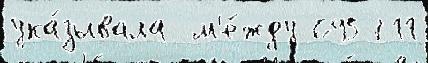
ука́зывала  м'е́жду 695711